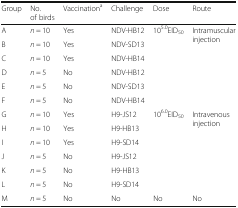
<table><thead><tr><td><b>Group</b></td><td><b>No. of birds</b></td><td><b>Vaccination<sup>a</sup></b></td><td><b>Challenge</b></td><td><b>Dose</b></td><td><b>Route</b></td></tr></thead><tbody><tr><td>A</td><td><i>n</i> = 10</td><td>Yes</td><td>NDV-HB12</td><td rowspan="6">10<sup>5.0</sup>EID<sub>50</sub></td><td rowspan="6">Intramuscular injection</td></tr><tr><td>B</td><td><i>n</i> = 10</td><td>Yes</td><td>NDV-SD13</td></tr><tr><td>C</td><td><i>n</i> = 10</td><td>Yes</td><td>NDV-HB14</td></tr><tr><td>D</td><td><i>n</i> = 5</td><td>No</td><td>NDV-HB12</td></tr><tr><td>E</td><td><i>n</i> = 5</td><td>No</td><td>NDV-SD13</td></tr><tr><td>F</td><td><i>n</i> = 5</td><td>No</td><td>NDV-HB14</td></tr><tr><td>G</td><td><i>n</i> = 10</td><td>Yes</td><td>H9-JS12</td><td rowspan="6">10<sup>6.0</sup>EID<sub>50</sub></td><td rowspan="6">Intravenous injection</td></tr><tr><td>H</td><td><i>n</i> = 10</td><td>Yes</td><td>H9-HB13</td></tr><tr><td>I</td><td><i>n</i> = 10</td><td>Yes</td><td>H9-SD14</td></tr><tr><td>J</td><td><i>n</i> = 5</td><td>No</td><td>H9-JS12</td></tr><tr><td>K</td><td><i>n</i> = 5</td><td>No</td><td>H9-HB13</td></tr><tr><td>L</td><td><i>n</i> = 5</td><td>No</td><td>H9-SD14</td></tr><tr><td>M</td><td><i>n</i> = 5</td><td>No</td><td>No</td><td>No</td><td>No</td></tr></tbody></table>